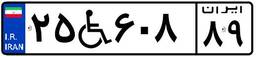
۲۵W۶۰۸۸۹